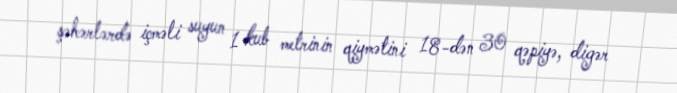
şəhərlərdə içməli suyun 1 kub metrinin qiymətini 18-dən 30 qəpiyə, digər